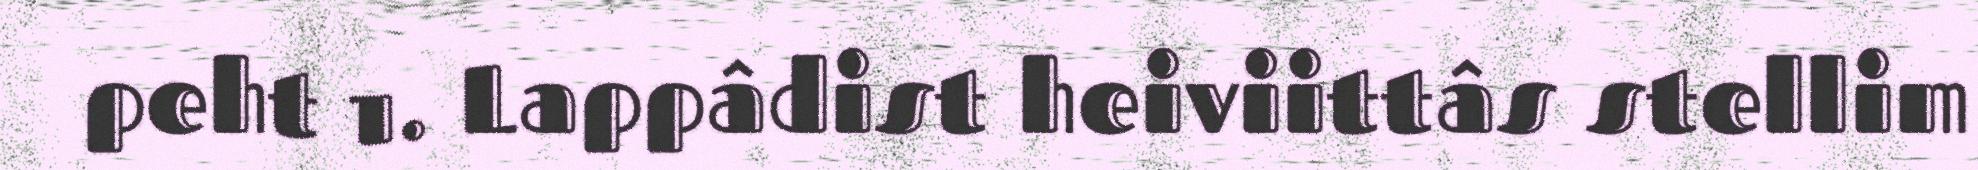
peht 1. Lappâdist heiviittâs stellim